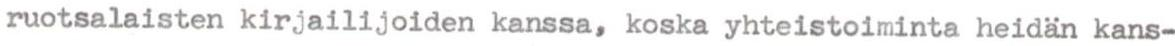
ruotsalaisten kirjailijoiden kanssa, koska yhteistoiminta heidän kans-